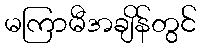
မကြာမီအချိန်တွင်